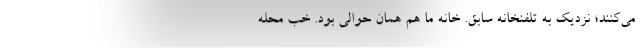
می‌کنند؛ نزدیک به تلفنخانه سابق. خانه ما هم همان حوالی بود. خب محله